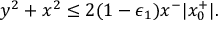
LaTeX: y ^ { 2 } + x ^ { 2 } \le 2 ( 1 - \epsilon _ { 1 } ) x ^ { - } | x _ { 0 } ^ { + } | .